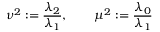
\nu ^ { 2 } : = \frac { \lambda _ { 2 } } { \lambda _ { 1 } } , \qquad \mu ^ { 2 } : = \frac { \lambda _ { 0 } } { \lambda _ { 1 } }